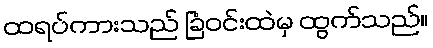
ထရပ်ကားသည် ခြံဝင်းထဲမှ ထွက်သည်။